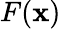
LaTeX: F(\mathbf{x})